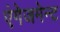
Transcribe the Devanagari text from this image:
एंगेजमेन्ट